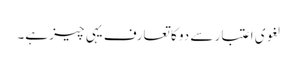
لغوی اعتبار سے دو کا تعارف یہی چیز ہے۔